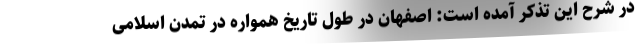
در شرح این تذکر آمده است: اصفهان در طول تاریخ همواره در تمدن اسلامی